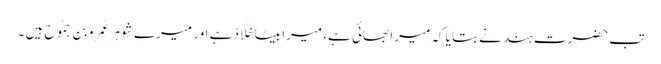
تب حضرت ہند نے بتایا کہ میرا بھائی ہے، میرا بیٹا خَلَّادْ ہے اور میرے شوہر عَمرِو بِن جَمُوح ہیں ۔